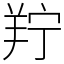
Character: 羜